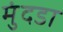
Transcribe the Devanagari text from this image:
मुंदडा